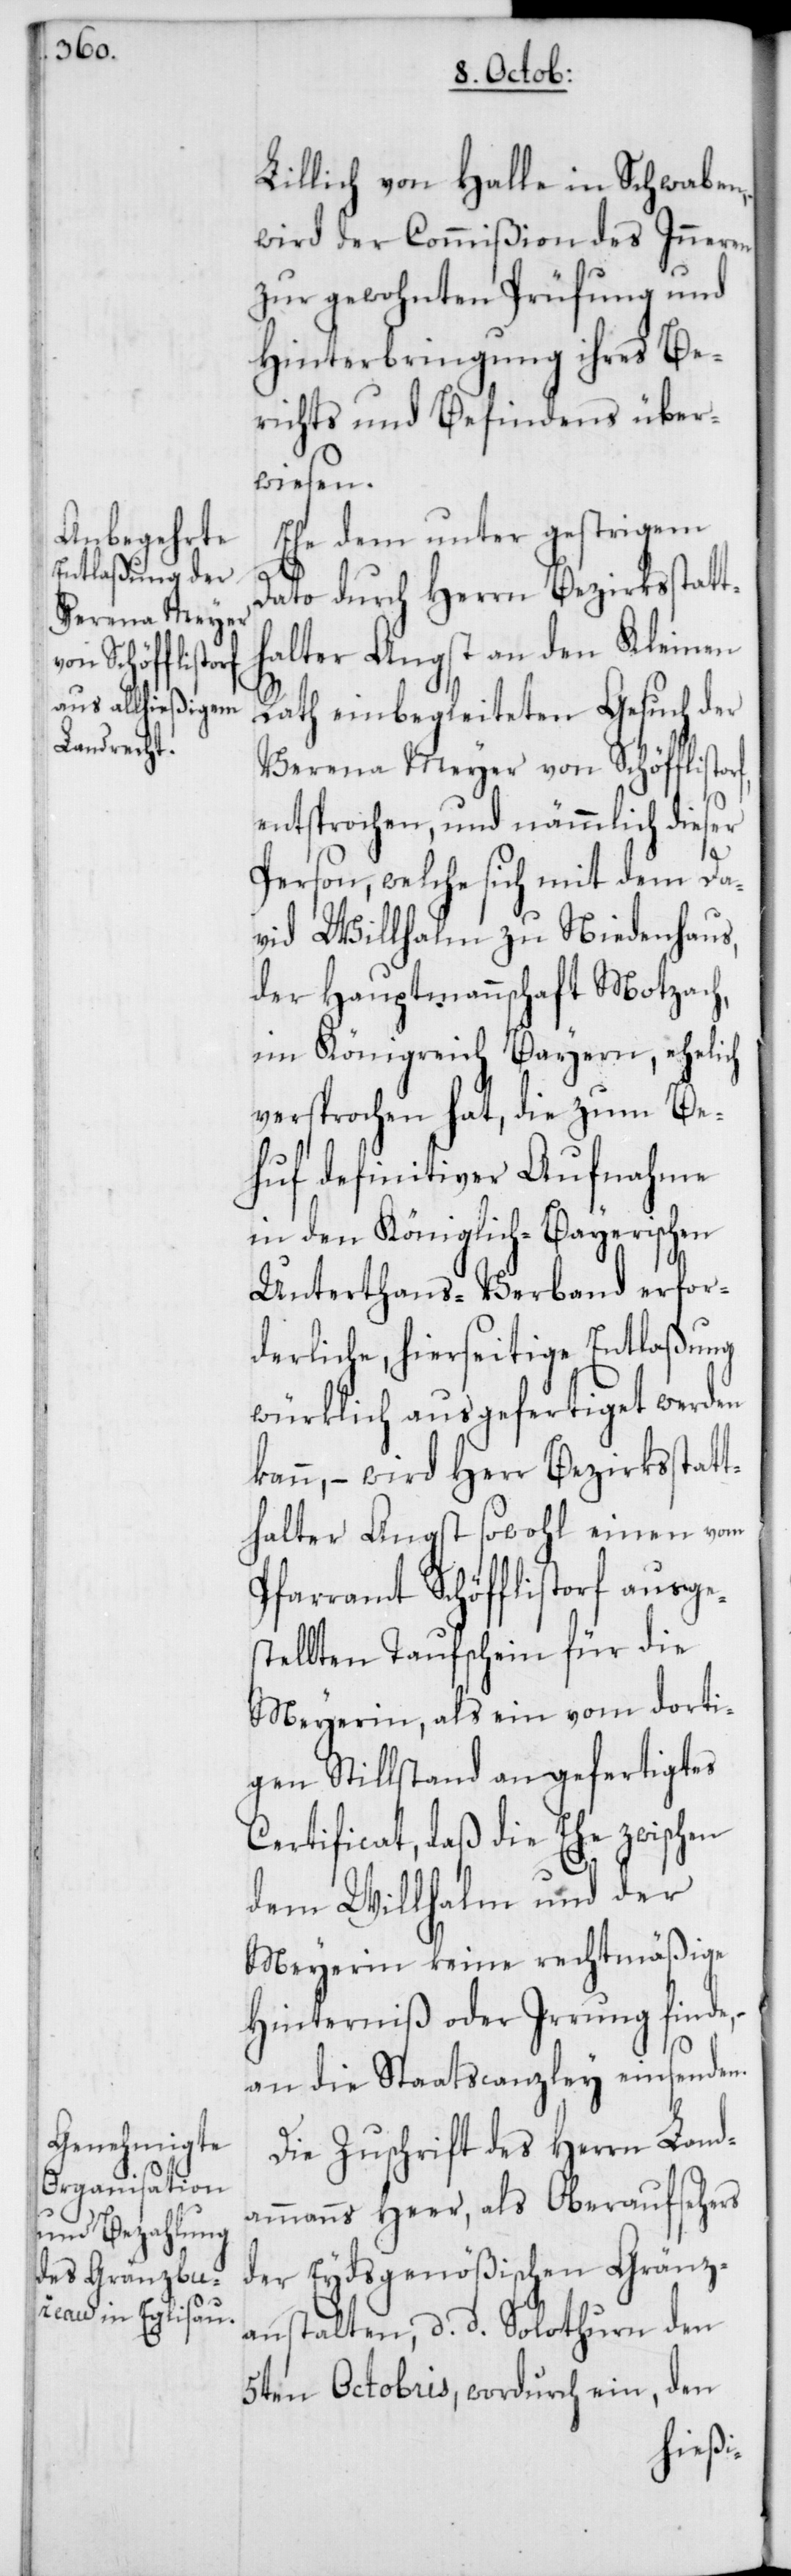
rf,
Verena Meyer
von Schöfflisto¬

Lillich von Halle in Schwaben,
wird der Commißion des Inneren
zur gewohnten Prüfung und
Hinterbringung ihres Be¬
richts und Befindens über¬
wiesen.
Ehe dem unter gestrigem
Dato durch Herrn Bezirksstatt¬
halter Angst an den Kleinen
Rath einbegleiteten Gesuch der
entsprochen, und nämmlich dieser
Person, welche sich mit dem Da¬
vid Willhahn zu Niedenhaus,
der Hauptmannschaft Motzach,
im Königreich Bayern, ehelich
versprochen hat, die zum Be¬
huf definitiver Aufnahme
in den Königlich-Bayerischen
Unterthans-Verband erfor¬
derliche, hierseitige Entlaßung
würklich ausgefertiget werden
kann, – wird Herr Bezirksstatt¬
halter Angst sowohl einen vom
Pfarramt Schöfflistorf ausges¬
tellten Taufschein für die
Meyerin, als ein vom dorti¬
gen Stillstand angefertigtes
Certificat, daß die Ehe zwischen
Meyerin keine rechtmäßige
Hinderniß oder Irrung finde,
an die Staatscanzley einsenden.
Die Zuschrift des Herrn Land¬
ammanns Heer, als Oberaufsehers
der Eydsgenößischen Gränz¬
anstalten, d. d. Solothurn den
5ten Octobris, wordurch ein, den